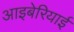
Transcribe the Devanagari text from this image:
आइबेरियाई